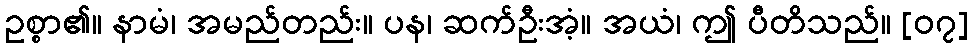
ဥစ္စာ၏။ နာမံ၊ အမည်တည်း။ ပန၊ ဆက်ဦးအံ့။ အယံ၊ ဤ ပီတိသည်။ [၀၇]